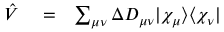
\begin{array} { r l r } { \hat { V } } & { { } = } & { \sum _ { \mu \nu } \Delta D _ { \mu \nu } | \chi _ { \mu } \rangle \langle \chi _ { \nu } | } \end{array}